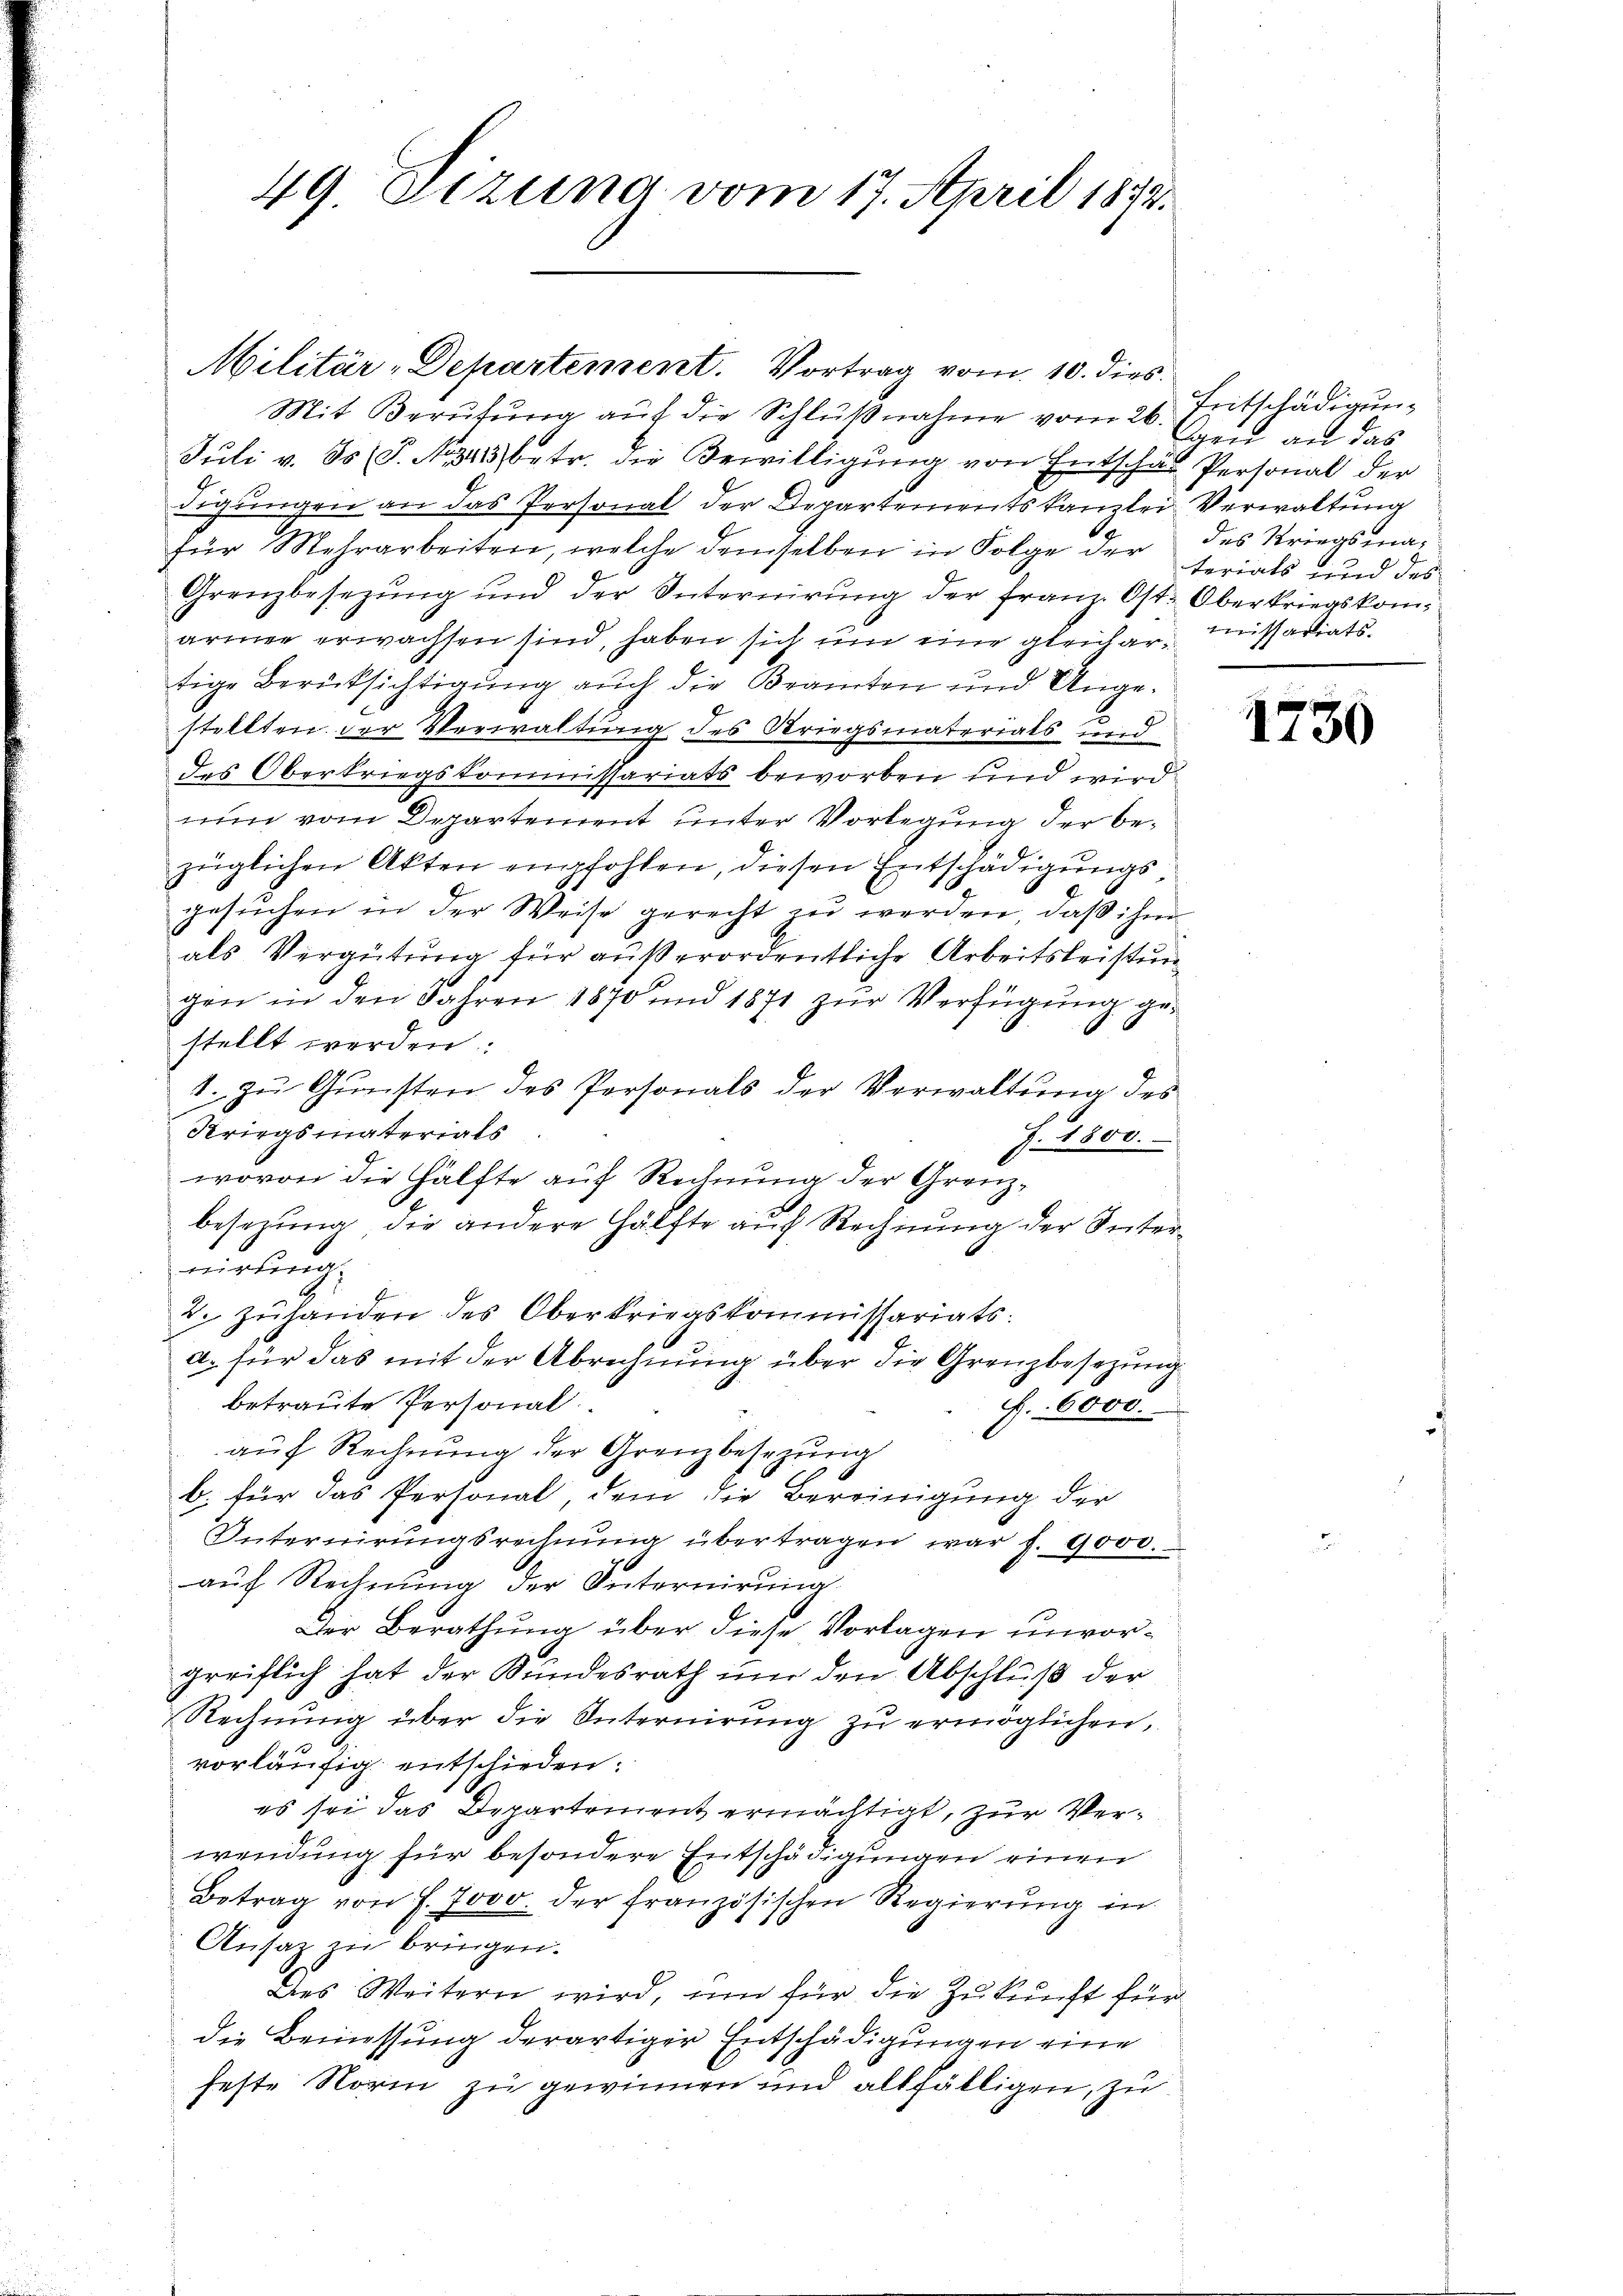
49 Etzung vom 17. April 1872.

Mit Berufung auf die Schlŭβnahme vom 26. Entschädigung
Juli v. ds. (T. No. 341) betr. die Bewilligung von Entschä
digungen an das Personal der Departements Kanzlei
für Mehrarbeiten, welche demselben in Folge der
Grenzbesezung und der Internirŭng der franz. Ost-
armer erwachsen sind, haben sich um eine gleichartige Berücksichtigung auch die Beamten und Angestellten der Verwaltung des Kriegsmateriats und
des Oberkriegskommissariats beworben und wird
nun vom Departement unter Vorlegung der bezüglichen Akten empfohlen, diesen Entschädigungsgesŭchen in der Weise gerecht zu werden, daß ihm
als Vergütung für außerordentliche Arbeitsleistun
gen in den Jahren 1870 und 1871 zur Verfügung gestellt werden:
1. zŭ Gŭnsten des Personals der Verwaltŭng des
Kriegsmaterials
J. 1800.
wovon die Hälfte auf Rechnung der Grenzbesezung, die andere Hälfte auf Rechnung der Sute
nirling.
2. zuhanden des Oberkriegskommissariats-
a. für das mit der Abrechnung über die Grenzbesezung
betraute Personal
f.. 6000.
auf Rechnung der Grenzbesezung
b. für das Personal dem die Bereinigung der
Unternirungsrechnŭng übertragen war f. 9000.
auf Rechnung der Internirung
Der Berathung über diese Vorlagen unvorgreiflich hat der Bundesrath und den Abschluß der
Rechnŭng über die Internierŭng zŭ ermöglichen,
vorläufig entschieden:
es sei das Departement ermächtigt, zur Verwendung für besondere Entschädigungen einen
Betrag von f. 7000. der französischen Regierung in
Ansaz in bringen.
Des Weitern wird, um für die Zukunft für
die Bemessung derartiger Entschädigungen eine
feste Norin zu gewinnen und allfälligen, zu

Militär-Departement. Vortrag vom 10. dies¬

eu an das
 Pertonal der
Verwaltung
des Kriegsmaterials und des
Oberkriegskom
 Missariats-

1730